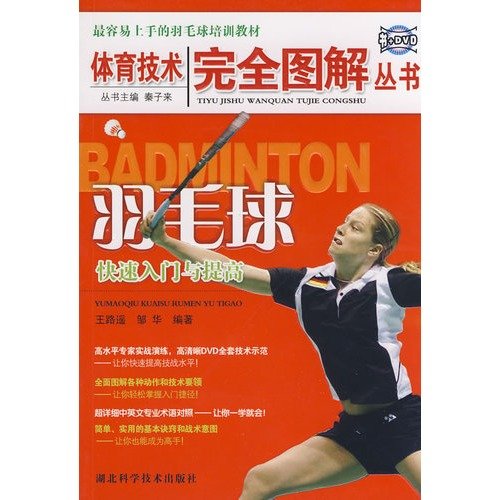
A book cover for Quick Start and Improvement of Badminton - (BOOK+DVD) (Chinese Edition); Wang Lu Yao; Sports & Outdoors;